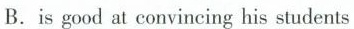
B. is good at convincing hs students